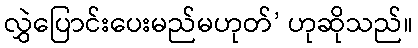
လွှဲပြောင်းပေးမည်မဟုတ်’ ဟုဆိုသည်။